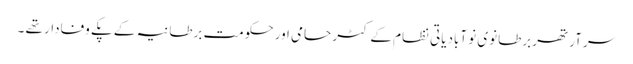
سر آرتھر برطانوی نو آبادیاتی نظام کے کٹر حامی اور حکومت برطانیہ کے پکے وفادار تھے ۔